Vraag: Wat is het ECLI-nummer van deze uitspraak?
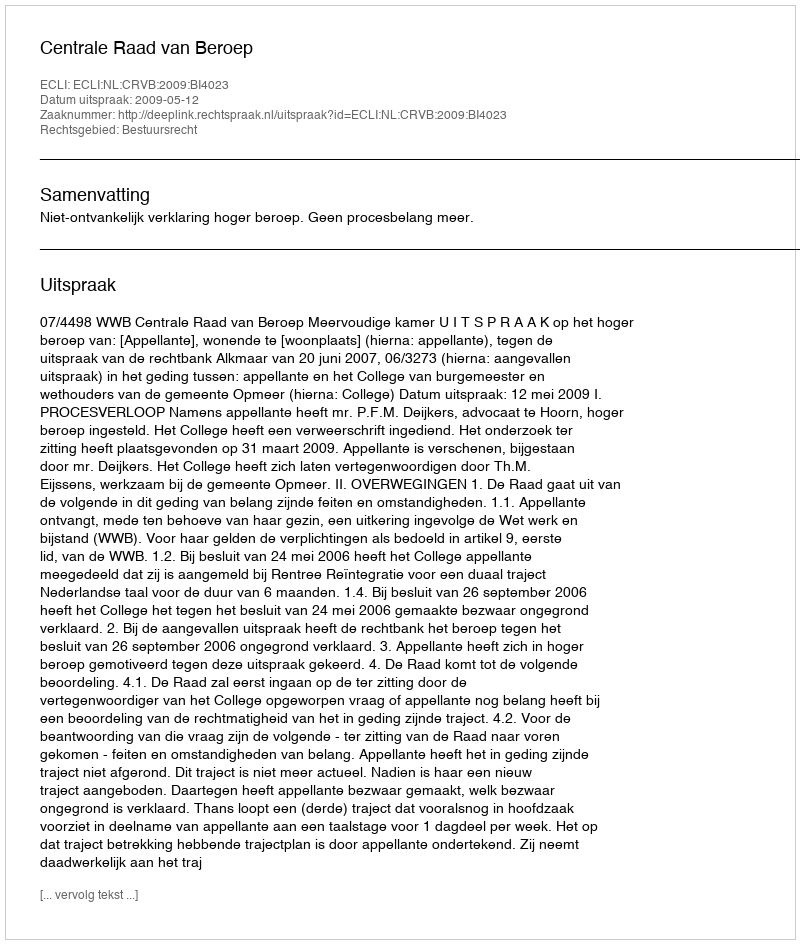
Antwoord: ECLI:NL:CRVB:2009:BI4023